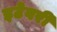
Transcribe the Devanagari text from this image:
इटेवरीं